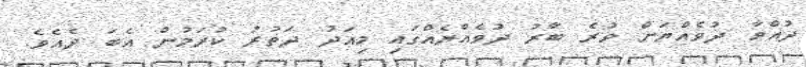
ދުއްވާ ދުވެއްޔަށް ވުރެ ބާރު ދުވެއްޔެއްގައި މިއަދު ދަތުރު ކުރަމުން އެބަ ދެއެވެ.